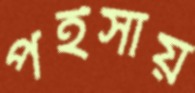
পইসায়